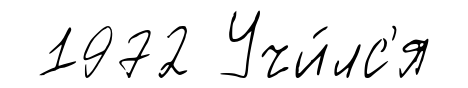
1972 Учи́лс'я